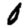
Digit: 0